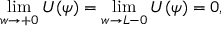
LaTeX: \operatorname * { l i m } _ { w \to + 0 } U ( \psi ) = \operatorname * { l i m } _ { w \to L - 0 } U ( \psi ) = 0 ,